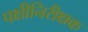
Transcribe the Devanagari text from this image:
पक्षीनिरीक्षक